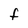
Character: f